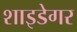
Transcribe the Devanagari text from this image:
शाइडेगर